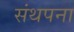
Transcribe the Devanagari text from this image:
संथपना